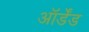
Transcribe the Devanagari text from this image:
ऑर्डेंड